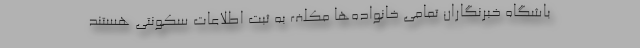
باشگاه خبرنگاران تمامی خانواده‌ها مکلف به ثبت اطلاعات سکونتی هستند